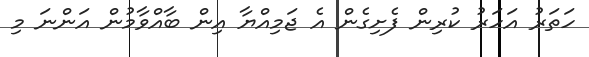
ހަތަރު އަހަރު ކުރިން ފެށިގެން އެ ޖަމިއްޔާ އިން ބާއްވާމުން އަންނަ މި